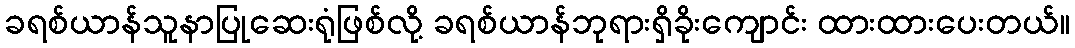
ခရစ်ယာန်သူနာပြုဆေးရုံဖြစ်လို့ ခရစ်ယာန်ဘုရားရှိခိုးကျောင်း ထားထားပေးတယ်။